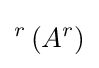
{}^{r}\left(A^{r}\right)